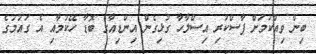
ބިން ވިއްކުމަށް ފާސްކުރި އިސްލާހާ ގުޅިގެން އިންޑިއާގެ ބޮޑާ ހޭކުމާއި އެ ގައުމުގެ